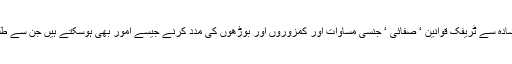
انہوں نے کہا کہ یہ صرف سادہ سے ٹریفک قوانین ‘ صفائی ‘ جنسی مساوات اور کمزوروں اور بوڑھوں کی مدد کرنے جیسے امور بھی ہوسکتے ہیں جن سے طلبا کو بہتر بنایا جاسکتا ہے ۔